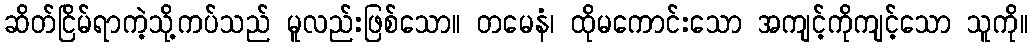
ဆိတ်ငြိမ်ရာကဲ့သို့ကပ်သည် မူလည်းဖြစ်သော။ တမေနံ၊ ထိုမကောင်းသော အကျင့်ကိုကျင့်သော သူကို။